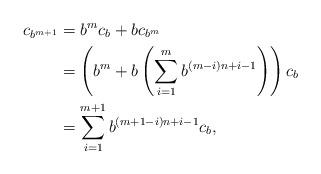
LaTeX: \begin{align*} c_{b^{m+1}} &= b^{m}c_b + bc_{b^m} \\ &= \left( b^m + b\left(\sum_{i=1}^m b^{(m-i)n+i-1}\right)\right) c_b \\ &= \sum_{i=1}^{m+1} b^{(m+1-i)n+i-1} c_b,\end{align*}